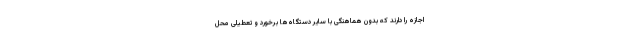
اجازه را دارند که بدون هماهنگی با سایر دستگاه‌ها برخورد و تعطیلی محل